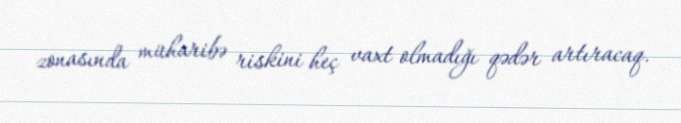
zonasında müharibə riskini heç vaxt olmadığı qədər artıracaq.